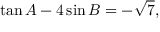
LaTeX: \tan A - 4 \sin B = - { \sqrt { 7 } } ,